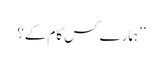
’’ہمارے کس کام کے؟